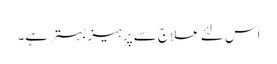
اس لئے علاج سے پرہیز بہتر ہے۔